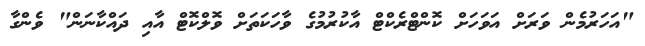
"އަހަރުމެން ވަރަށް އަވަހަށް ކޮންޓްރެކްޓް އާކުރުމުގެ ވާހަކަތަށް ވޮލްކޮޓް އާއި ދައްކާނަން" ވެންގާ